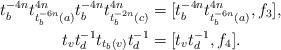
LaTeX: \begin{align*}t_{b}^{-4n} t_{t_{b}^{-6n}(a)}^{4n} t_{b}^{-4n} t_{t_{b}^{-2n} (c)}^{4n} &= [t_{b}^{-4n} t_{t_{b}^{-6n}(a)}^{4n},f_3], \\t_{v} t_{d}^{-1} t_{t_{b}(v)} t_{d}^{-1} &= [t_{v} t_{d}^{-1},f_4]. \end{align*}